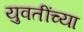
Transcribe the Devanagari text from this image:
युवतींच्या